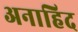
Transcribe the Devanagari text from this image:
अनाहिद